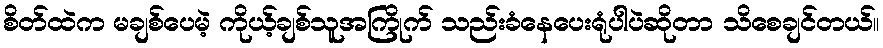
စိတ်ထဲက မချစ်ပေမဲ့ ကိုယ့်ချစ်သူအကြိုက် သည်းခံနေပေးရုံပါပဲဆိုတာ သိစေချင်တယ်။